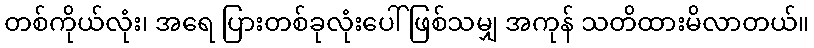
တစ်ကိုယ်လုံး၊ အရေ ပြားတစ်ခုလုံးပေါ် ဖြစ်သမျှ အကုန် သတိထားမိလာတယ်။